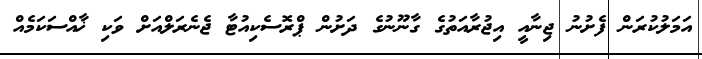
އަމަލުކުރަން ފެށުނު ޖިނާއީ އިޖުރާއަތުގެ ގާނޫނުގެ ދަށުން ޕްރޮސެކިއުޓާ ޖެނެރަލްއަށް ވަކި ޚާއްސަކަމެއް